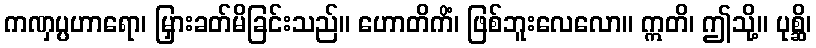
ကဏှပ္ပဟာရော၊ မြှားခတ်မိခြင်းသည်။ ဟောတိကိံ၊ ဖြစ်ဘူးလေလော။ ဣတိ၊ ဤသို့။ ပုစ္ဆိ၊